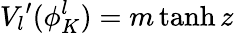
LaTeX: V_{l}{'}(\phi_{K}^{l})=m\operatorname{tanh}z